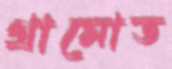
গ্রামোত